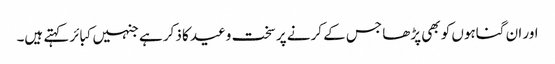
اور ان گناہوں کو بھی پڑھا جس کے کرنے پر سخت وعید کا ذکر ہے جنہیں کبائر کہتے ہیں۔